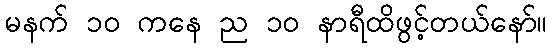
မနက် ၁၀ ကနေ ည ၁၀ နာရီထိဖွင့်တယ်နော်။